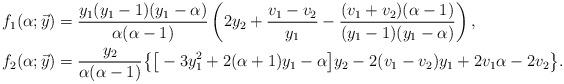
LaTeX: \begin{align*}f_1(\alpha;\vec y)&=\frac{y_1(y_1-1)(y_1-\alpha)}{\alpha(\alpha-1)}\left(2y_2+\frac{v_1-v_2}{y_1}-\frac{(v_1+v_2)(\alpha-1)}{(y_1-1)(y_1-\alpha)}\right),\\f_2(\alpha;\vec y)&=\frac{y_2}{\alpha(\alpha-1)}\big\{\big[-3y_1^2+2(\alpha+1)y_1-\alpha\big]y_2-2(v_1-v_2)y_1+2v_1\alpha-2v_2\big\}.\end{align*}